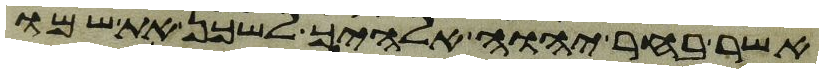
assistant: אשר בחר יהוה אלהיך לשכן את שמו